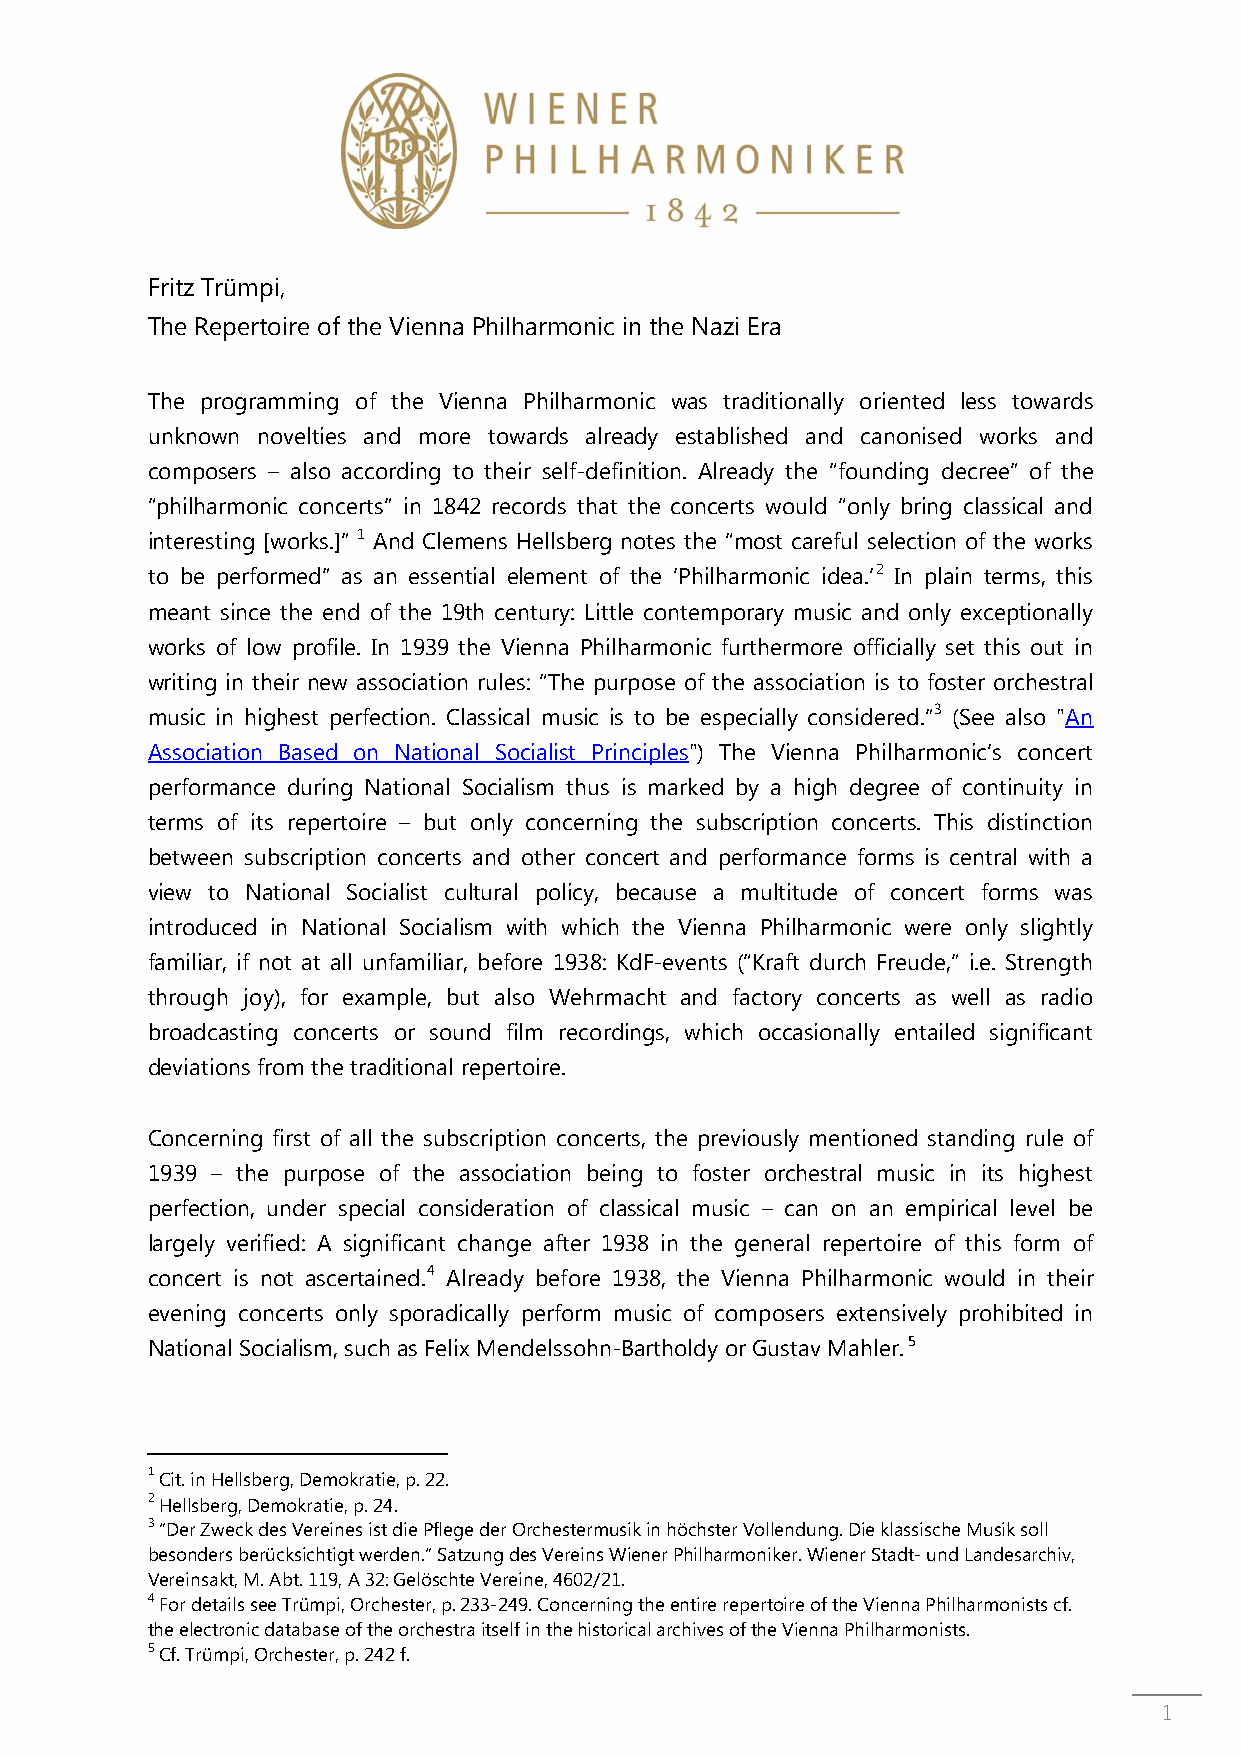
Fritz Trümpi,
 The Repertoire of the Vienna Philharmonic in the Nazi Era
 The programming of the Vienna Philharmonic was traditionally oriented less towards
 unknown novelties and more towards already established and canonised works and
 composers – also according to their self-definition. Already the “founding decree” of the
 “philharmonic concerts” in 1842 records that the concerts would “only bring classical and
 interesting [works.]” 1 And Clemens Hellsberg notes the “most careful selection of the works
 to be performed” as an essential element of the ‘Philharmonic idea.’2 In plain terms, this
 meant since the end of the 19th century: Little contemporary music and only exceptionally
 works of low profile. In 1939 the Vienna Philharmonic furthermore officially set this out in
 writing in their new association rules: “The purpose of the association is to foster orchestral
 music in highest perfection. Classical music is to be especially considered.”3 (See also "An
 Association Based on National Socialist Principles") The Vienna Philharmonic’s concert
 performance during National Socialism thus is marked by a high degree of continuity in
 terms of its repertoire – but only concerning the subscription concerts. This distinction
 between subscription concerts and other concert and performance forms is central with a
 view to National Socialist cultural policy, because a multitude of concert forms was
 introduced in National Socialism with which the Vienna Philharmonic were only slightly
 familiar, if not at all unfamiliar, before 1938: KdF-events (“Kraft durch Freude,” i.e. Strength
 through joy), for example, but also Wehrmacht and factory concerts as well as radio
 broadcasting concerts or sound film recordings, which occasionally entailed significant
 deviations from the traditional repertoire.
 Concerning first of all the subscription concerts, the previously mentioned standing rule of
 1939 – the purpose of the association being to foster orchestral music in its highest
 perfection, under special consideration of classical music – can on an empirical level be
 largely verified: A significant change after 1938 in the general repertoire of this form of
 concert is not ascertained.4 Already before 1938, the Vienna Philharmonic would in their
 evening concerts only sporadically perform music of composers extensively prohibited in
 National Socialism, such as Felix Mendelssohn-Bartholdy or Gustav Mahler. 5
 1
 Cit. in Hellsberg, Demokratie, p. 22.
 2 Hellsberg, Demokratie, p. 24.
 3 “Der Zweck des Vereines ist die Pflege der Orchestermusik in höchster Vollendung. Die klassische Musik soll
 besonders berücksichtigt werden.“ Satzung des Vereins Wiener Philharmoniker. Wiener Stadt- und Landesarchiv,
 Vereinsakt, M. Abt. 119, A 32: Gelöschte Vereine, 4602/21.
 4 For details see Trümpi, Orchester, p. 233-249. Concerning the entire repertoire of the Vienna Philharmonists cf.
 the electronic database of the orchestra itself in the historical archives of the Vienna Philharmonists.
 5 Cf. Trümpi, Orchester, p. 242 f.
 1